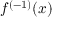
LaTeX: f ^ { ( - 1 ) } ( x )